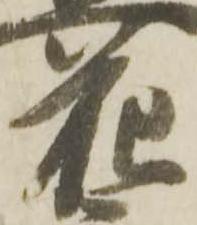
花